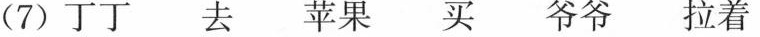
(7) 丁丁 去 苹果 买 爷爷 拉着